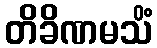
တိခိဏမသိံ